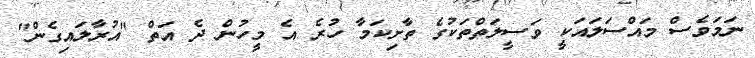
ނަމަވެސް މައްސަލައަކީ ވަސީލަތްތަކުގެ ތާށިކަމާ ހުރެ އެ މީހުން ދެ އަތް "އުރާލައިގެން"